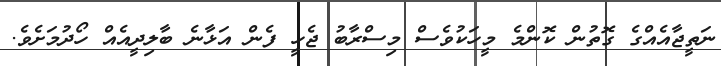
ނަތީޖާއެއްގެ ގޮތުން ކޮންމެ މީހަކުވެސް މިސްރާބު ޖެހީ ފެން އަޅާނެ ބާލިދީއެއް ހޯދުމަށެވެ.